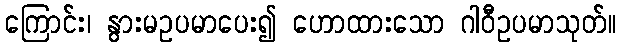
ကြောင်း၊ နွားမဥပမာပေး၍ ဟောထားသော ဂါဝီဥပမာသုတ်။